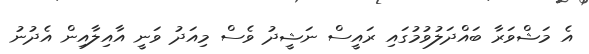
އެ މަޝްވަރާ ބައްދަލުވުމުގައި ރައީސް ނަޝީދު ވެސް މިއަދު ވަނީ އާއިލާއިން އެދުނު